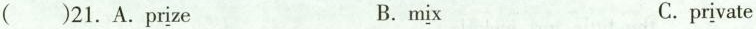
( )21. A.Pr\underline{i}ze B.m\underline{i}x C.pr\underline{i}vate